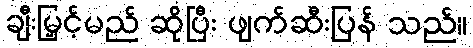
ချီးမြှင့်မည် ဆိုပြီး ဖျက်ဆီးပြန် သည်။